Indian Medical Review
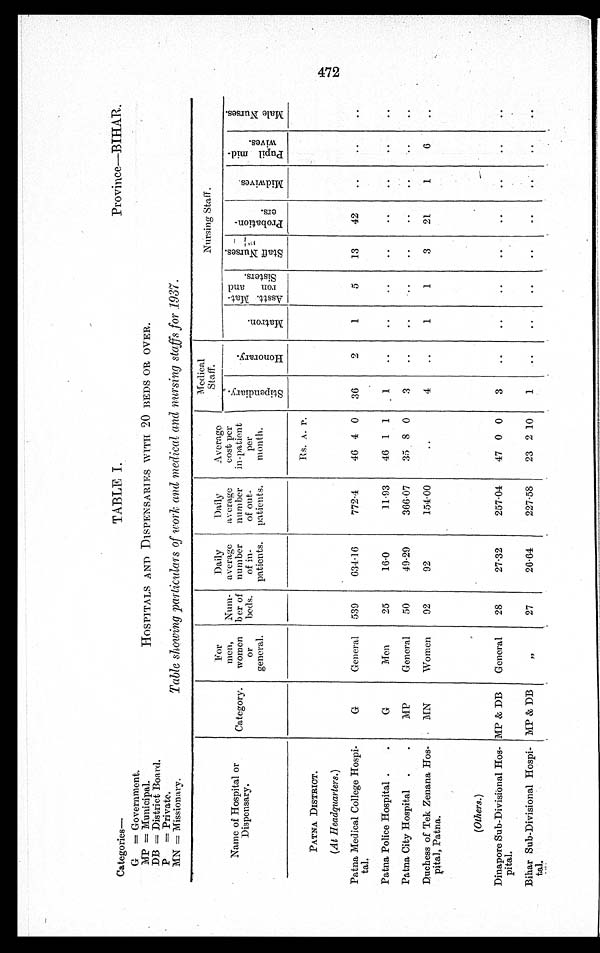
Categories—
TABLE I. Province—BIHAR.
G = Government.
M P = M u n i c i p a l . H O S P I T A L S A N D D I S P E N S A R I E S WI T H 2 0 B E D S O R O V E R .
DB=District Board.
P =Private.
MN = Missionary .
Table showing particulars of work and medical and nursing staffs for 1937.
Name of Hospital o
r
D i s p o n s a r y .
Category.
For
men,
women
or
general.
Num-
ber of
beds.
Daily
average
number
of in-
patients.
Daily
average
number
of out-
patients.
Average
cost per
in-patient
per
month.
Medical
Staff.
Nursing Staff.
s t i p e n d i a r y
h o n o r a r y .
M a t r o n .
As s t . Ma t – r o n a n d s i s t e r s .
S t a f f N u r s e s
p r o b a t i o n – e r s .
M i d w i v e s .
p u p i l m i d – w i v e s .
M a l e N u r s e s .
PATNA DISTRICT.
Rs.A.P.
(At Headquarters.)
G
General
539
634.16
772.4
46 4 0
36
.
2
1
5
13
42
..
..
..
Patna Medical College Hospi-
tal.
Patna Police Hospital .
.
G
Men
25
16.0
11.93
46 1 1
1
..
..
..
..
..
..
..
..
Patna City Hospital .
.
MP
General
50
49.29
366.07
35 8 0
3
..
..
..
..
. .
. .
Duchess of Tek Zenana Hos-
pita], Patna.
MN
Women
92
92
154.00
..
4
..
1
1
3
21
1
6
..
(Others.)
MP & DB
General
28
27.32
257.04
47 0 0
3
..
..
..
..
..
..
..
..
Dinapore Sub-Divisional Hos-
pital.
Bihar Sub-Divisional Hospi-
tal.
MP & DB
, ,
27
26-64
227-58
23 2 10
1
. .
..
..
..
..
..